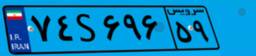
۷۴S۶۹۶۵۹